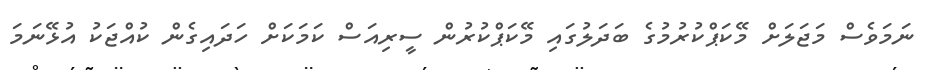
ނަމަވެސް މަޖަލަށް މޭކަޕްކުރުމުގެ ބަދަލުގައި މޭކަޕްކުރުން ސީރިއަސް ކަމަކަށް ހަދައިގެން ކުއްޖަކު އުޅޭނަމަ